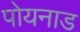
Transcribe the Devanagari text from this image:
पोयनाड